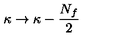
\kappa \rightarrow \kappa - { \frac { N _ { f } } { 2 } }